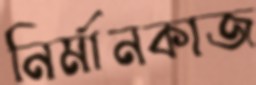
নির্মানকাজ